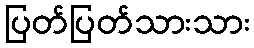
ပြတ်ပြတ်သားသား